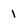
Character: 1